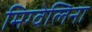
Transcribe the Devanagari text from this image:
मिग्वेलिना